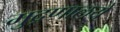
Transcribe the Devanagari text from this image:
मुद्रणालये